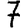
Digit: 7